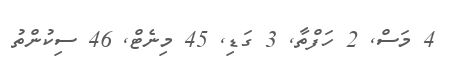
4 މަސް